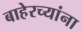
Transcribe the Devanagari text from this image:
बाहेरच्यांना